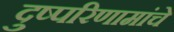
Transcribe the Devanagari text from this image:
दुष्परिणामांचे